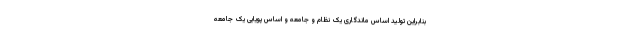
بنابراین تولید اساس ماندگاری یک نظام و جامعه و اساس پویایی یک جامعه